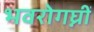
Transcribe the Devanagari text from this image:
भवरोगघ्नीं